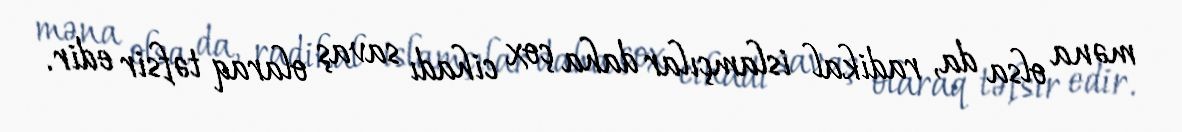
məna olsa da, radikal islamçılar daha çox cihadı savaş olaraq təfsir edir.